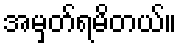
အမှတ်ရမိတယ်။